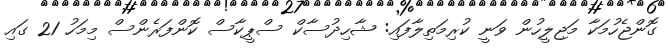
ގޮންޖެހުމަކާ މަޖިލީހުން ވަނީ ކުރިމަތިލާފައި: ޝާހިދުސާކް ސްޕީކާސް ކޮންފަރެންސް މިމަހު 21 ގައި